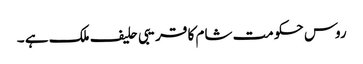
روس حکومت شام کا قریبی حلیف ملک ہے ۔